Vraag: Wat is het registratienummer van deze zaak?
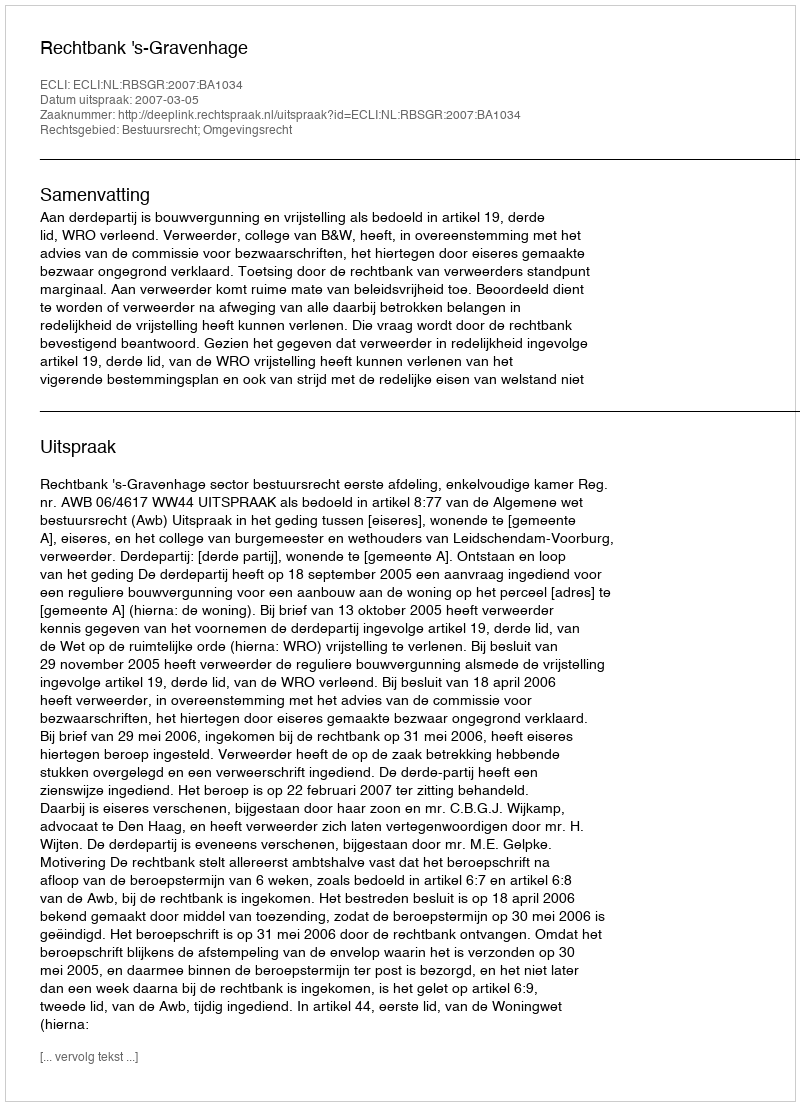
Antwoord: http://deeplink.rechtspraak.nl/uitspraak?id=ECLI:NL:RBSGR:2007:BA1034